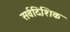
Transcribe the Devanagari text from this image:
सर्वदिशिक